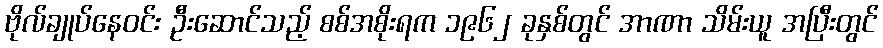
ဗိုလ်ချုပ်နေဝင်း ဦးဆောင်သည့် စစ်အစိုးရက ၁၉၆၂ ခုနှစ်တွင် အာဏာ သိမ်းယူ အပြီးတွင်